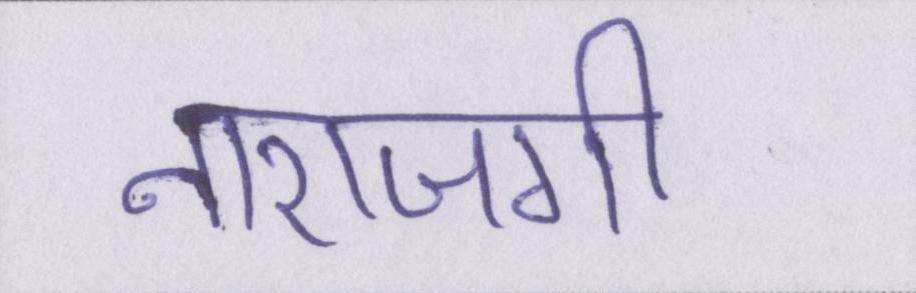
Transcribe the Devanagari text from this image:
नाराजगी